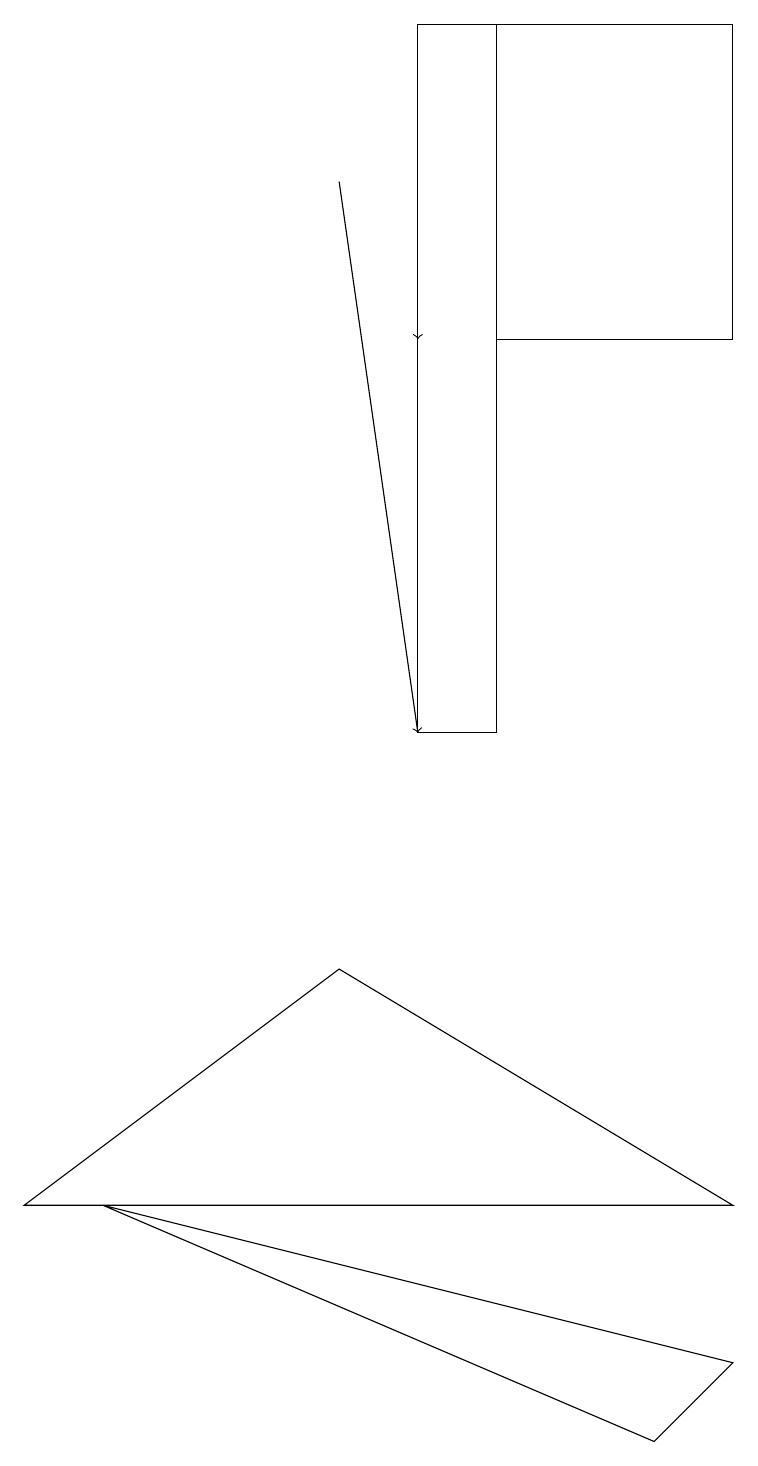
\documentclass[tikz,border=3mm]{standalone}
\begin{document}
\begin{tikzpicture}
\draw (9,15) rectangle (6,19);
\draw (5,10) rectangle (6,19);
\draw (0,4) -- (9,4) -- (4,7) -- cycle;
\draw[->] (5,16) -- (5,15);
\draw (9,2) -- (8,1) -- (1,4) -- cycle;
\draw[->] (4,17) -- (5,10);
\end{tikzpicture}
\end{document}